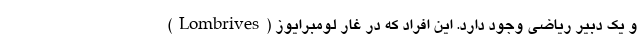
و یک دبیر ریاضی وجود دارد. این افراد که در غار لومبرایوز (Lombrives)